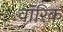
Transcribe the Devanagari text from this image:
वॉरिक